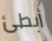
أبطئ